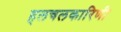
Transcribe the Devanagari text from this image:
हलचलकारिणी